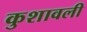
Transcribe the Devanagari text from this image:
कुशावली